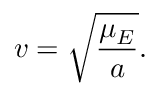
v = \sqrt { \frac { \mu _ { E } } { a } } .